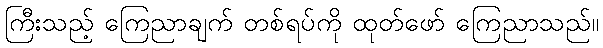
ကြီးသည့် ကြေညာချက် တစ်ရပ်ကို ထုတ်ဖော် ကြေညာသည်။